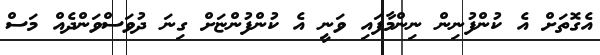
އެގޮތަށް އެ ކުންފުނިން ނިންމާފައި ވަނީ އެ ކުންފުންޏަށް ގިނަ ދުވަސްވަންދެއް މަސް